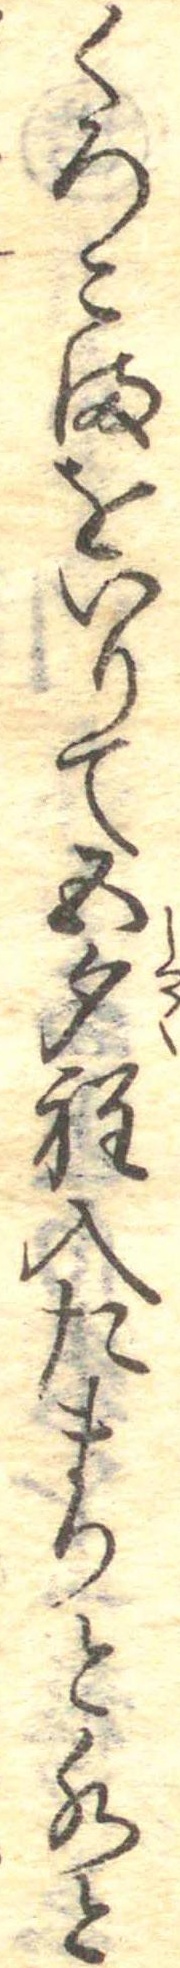
くろこまをいりて五勺程入たまりと水と